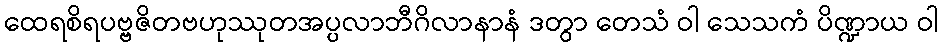
ထေရစိရပဗ္ဗဇိတဗဟုဿုတအပ္ပလာဘီဂိလာနာနံ ဒတွာ တေသံ ဝါ သေသကံ ပိဏ္ဍာယ ဝါ